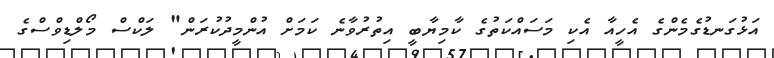
އަޅުގަނޑުގެމެންގެ އެހީއާ އެކި މަސައްކަތުގެ ކާމިޔާބީ އިތުރުވާނެ ކަމަށް އުންމީދުކުރަން" ލަކްސް މޯލްޑިވްސްގެ